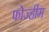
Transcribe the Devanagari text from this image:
फोर्ज्हीम